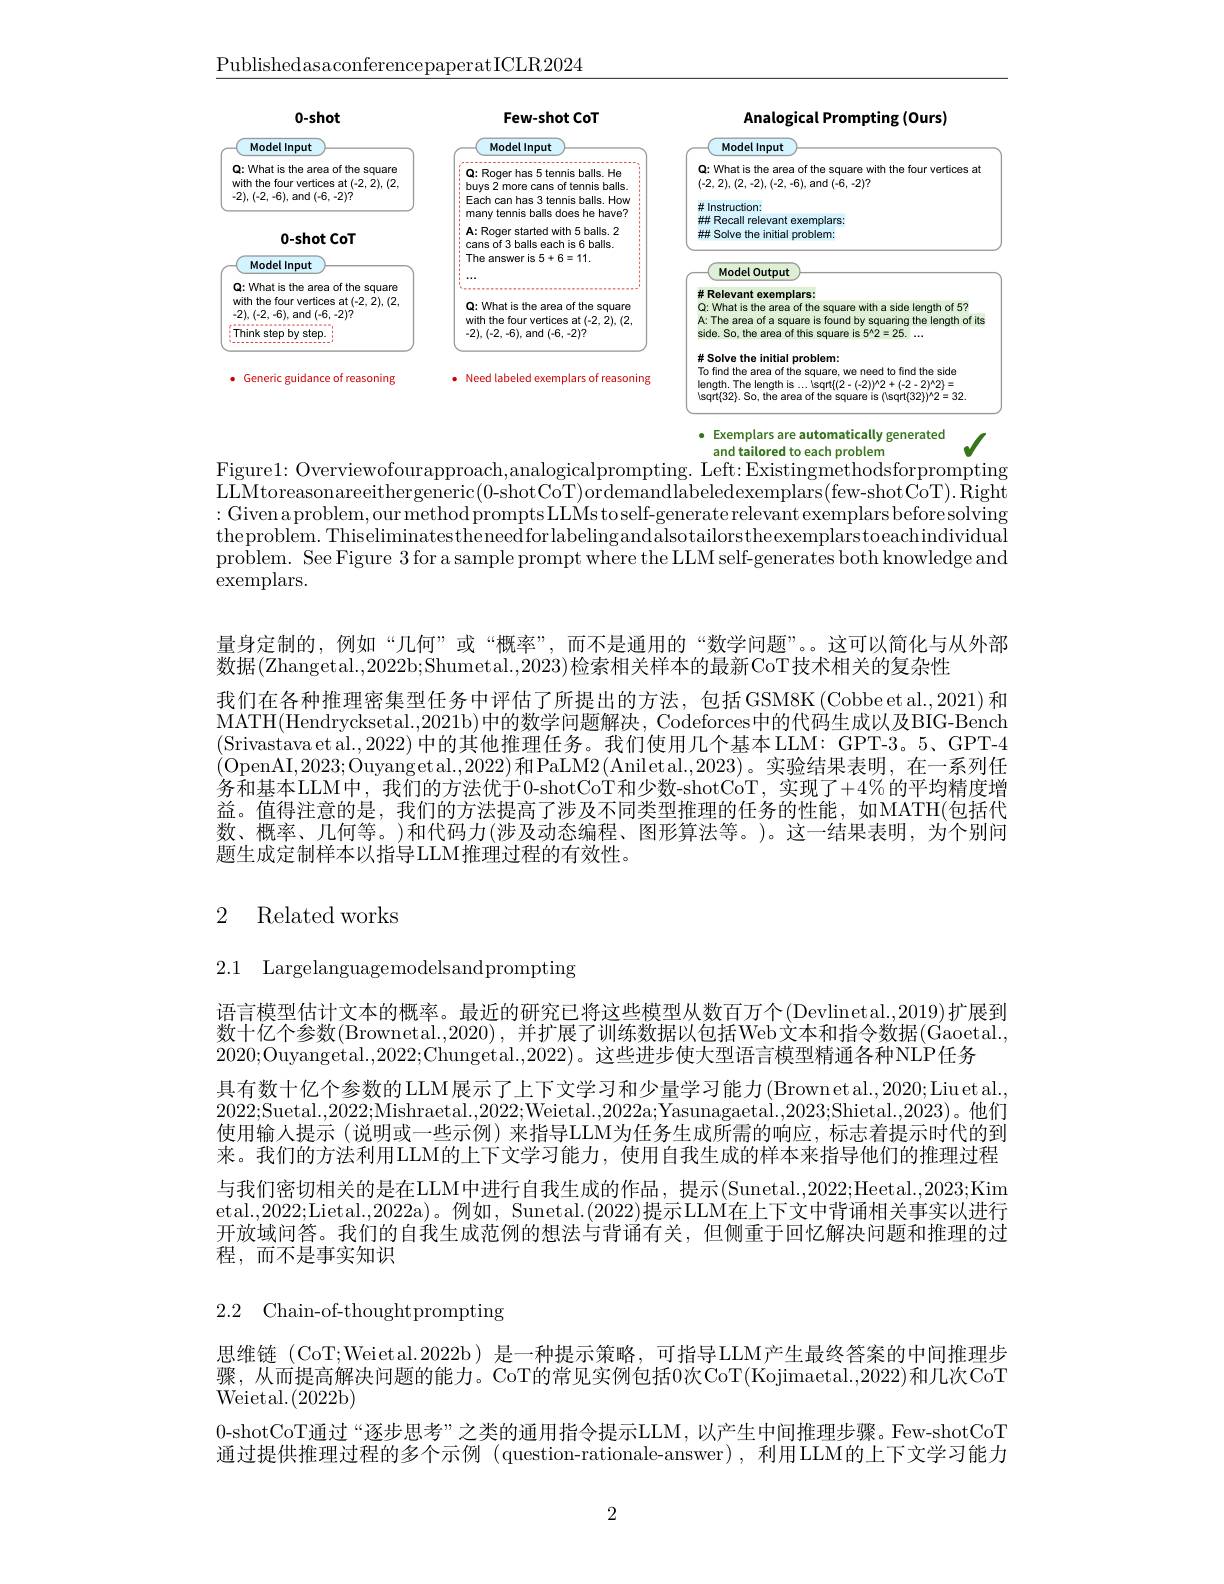
$\underline{\text{PublishedasaconferencepaperatICLR2024}}$

<FigureHere>

$\begin{array}{ll}\bullet&\text{Exemplars are automatically generated}\\&\text{and tailored to each problem}\end{array}\checkmark$
Figure1: Overviewofourapproach,analogicalprompting. Left: Existingmethodsforprompting

LLMtoreasonareeithergeneric(0-shotCoT)ordemandlabeledexemplars(few-shotCoT).Right :Given a problem, our method prompts LLMs to self-generate relevant exemplars before solving theproblem. Thiseliminatestheneedforlabelingandalsotailorstheexemplarstoeachindividual problem. SeeFigure 3 for a sample prompt where the LLM self-generates both knowledge and exemplars.

量身定制的，例如“几何”或“概率”,而不是通用的“数学问题”。这可以简化与从外部
数据(Zhangetal.,2022b;Shumetal.,2023)检索相关样本的最新CoT技术相关的复杂性
我们在各种推理密集型任务中评估了所提出的方法，包括GSM8K(Cobbeetal..,2021) 和MATH(Hendrycksetal..,2021b)中的数学问题解决，Codeforces中的代码生成以及BIG-Bench (Srivastava et al.,2022)中的其他推理任务。我们使用几个基本LLM：GPT-3。5、GPT-4 (OpenAI,2023;Ouyangetal.,2022)和PaLM2(Aniletal.,2023)。实验结果表明，在一系列任$\bar{\text{务和基本LLM中，我们的方法优于0-shotCoT和少数-shotCoT,实现了}}+4\%$的平均精度增益。值得注意的是，我们的方法提高了涉及不同类型推理的任务的性能，如MATH(包括代数、概率、几何等。)和代码力(涉及动态编程、图形算法等。)。这一结果表明，为个别问题生成定制样本以指导LLM推理过程的有效性。

# 2 Related works

2.1 Largelanguagemodelsandprompting

语言模型估计文本的概率。最近的研究已将这些模型从数百万个(Devlinetal.,2019)扩展到数十亿个参数(Brownetal.,2020) , 并扩展了训练数据以包括Web文本和指令数据(Gaoetal., 2020;Ouyangetal.,2022;Chungetal.,2022)。这些进步使大型语言模型精通各种NLP任务
具有数十亿个参数的LLM展示了上下文学习和少量学习能力(Brownetal.,2020;Liuetal. 2022;Suetal.,2022;Mishraetal.,2022;Weietal.,2022a;Yasunagaetal.,2023;Shietal.,2023)。他们使用输人提示(说明或一些示例)来指导LLM为任务生成所需的响应，标志着提示时代的到来。我们的方法利用LLM的上下文学习能力，使用自我生成的样本来指导他们的推理过程与我们密切相关的是在LLM中进行自我生成的作品，提示(Sunetal.,2022;Heetal.,2023;Kim etal.,2022;Lietal.,2022a)。例如，Sunetal.(2022)提示LLM在上下文中背诵相关事实以进行开放域问答。我们的自我生成范例的想法与背诵有关，但侧重于回忆解决问题和推理的过程，而不是事实知识

2.2 Chain-of-thoughtprompting

思维链(CoT;Weietal.2022b)是一种提示策略，可指导LLM产生最终答案的中间推理步骤，从而提高解决问题的能力。CoT的常见实例包括0次CoT(Kojimaetal.,2022)和几次CoT Weietal. (2022b)
0-shotCoT通过“逐步思考”之类的通用指令提示LLM，以产生中间推理步骤。Few-shotCoT 通过提供推理过程的多个示例 (question-rationale-answer), 利用LLM的上下文学习能力

2